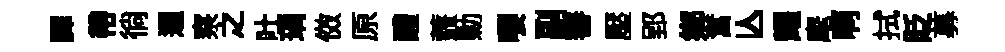
譯帶徜逥察之吐瑀傚原醴虀勦嚶副審壓郢郷奮亾耀麾啊拭貶募